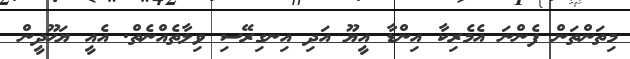
މިތަންތަން ފެންނަ އެމެރިކާ އިންޑާ އީޔޫ އަދި އިނގިރޭސި ވިލާތެއްނެތް. އެއީ ޔަހޫދީން